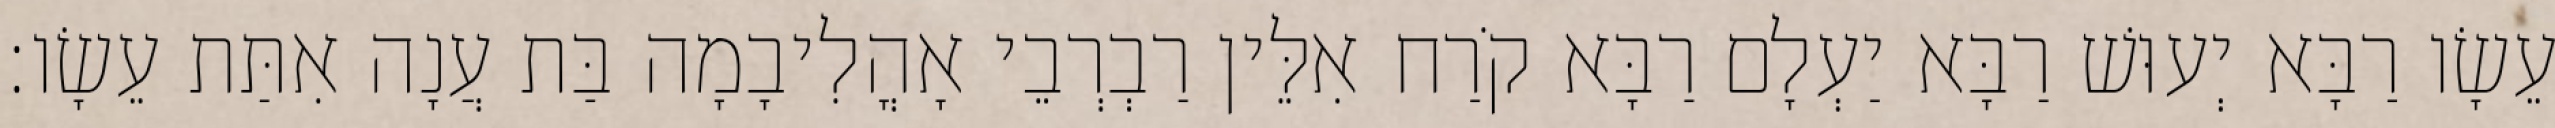
עֵשָׂו רַבָּא יְעוּשׁ רַבָּא יַעְלָם רַבָּא קֹרַח אִלֵּין רַבְרְבֵי אָהֳלִיבָמָה בַּת עֲנָה אִתַּת עֵשָׂו׃